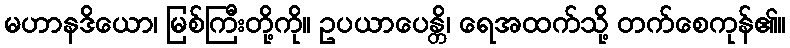
မဟာနဒိယော၊ မြစ်ကြီးတို့ကို။ ဥပယာပေန္တိ၊ ရေအထက်သို့ တက်စေကုန်၏။